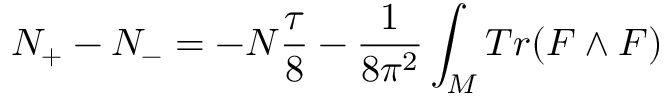
N _ { + } - N _ { - } = - N { \frac { \tau } { 8 } } - { \frac { 1 } { 8 \pi ^ { 2 } } } \int _ { M } T r ( F \wedge F )